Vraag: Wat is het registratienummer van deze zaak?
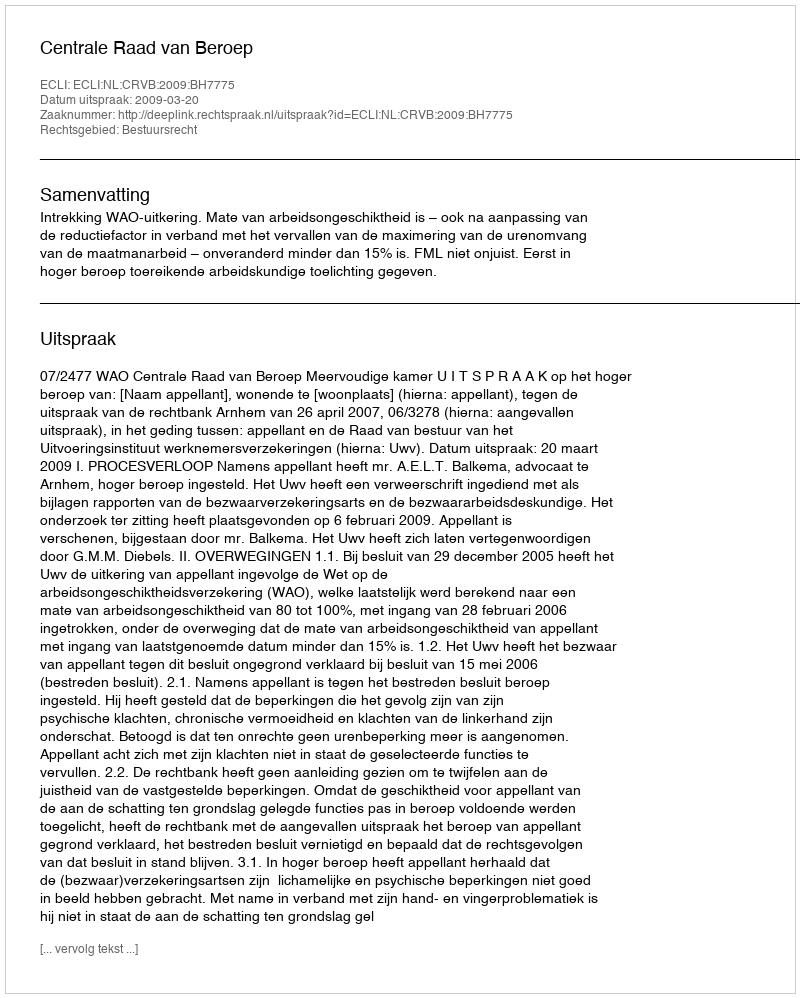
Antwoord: http://deeplink.rechtspraak.nl/uitspraak?id=ECLI:NL:CRVB:2009:BH7775